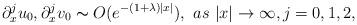
LaTeX: \begin{align*}\partial_x^ju_{0},\partial_x^jv_{0}\thicksim O(e^{-(1+\lambda)|x|}),~as~|x|\rightarrow \infty,j=0,1,2,\end{align*}